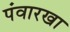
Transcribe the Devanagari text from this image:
पंवारखा